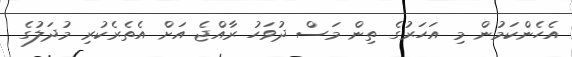
އެހެންކަމުން މި އަހަރުގެ ތިން މަސް ދުވަހު ރާއްޖެ އަށް އެތެރެކުރި މުދަލުގެ